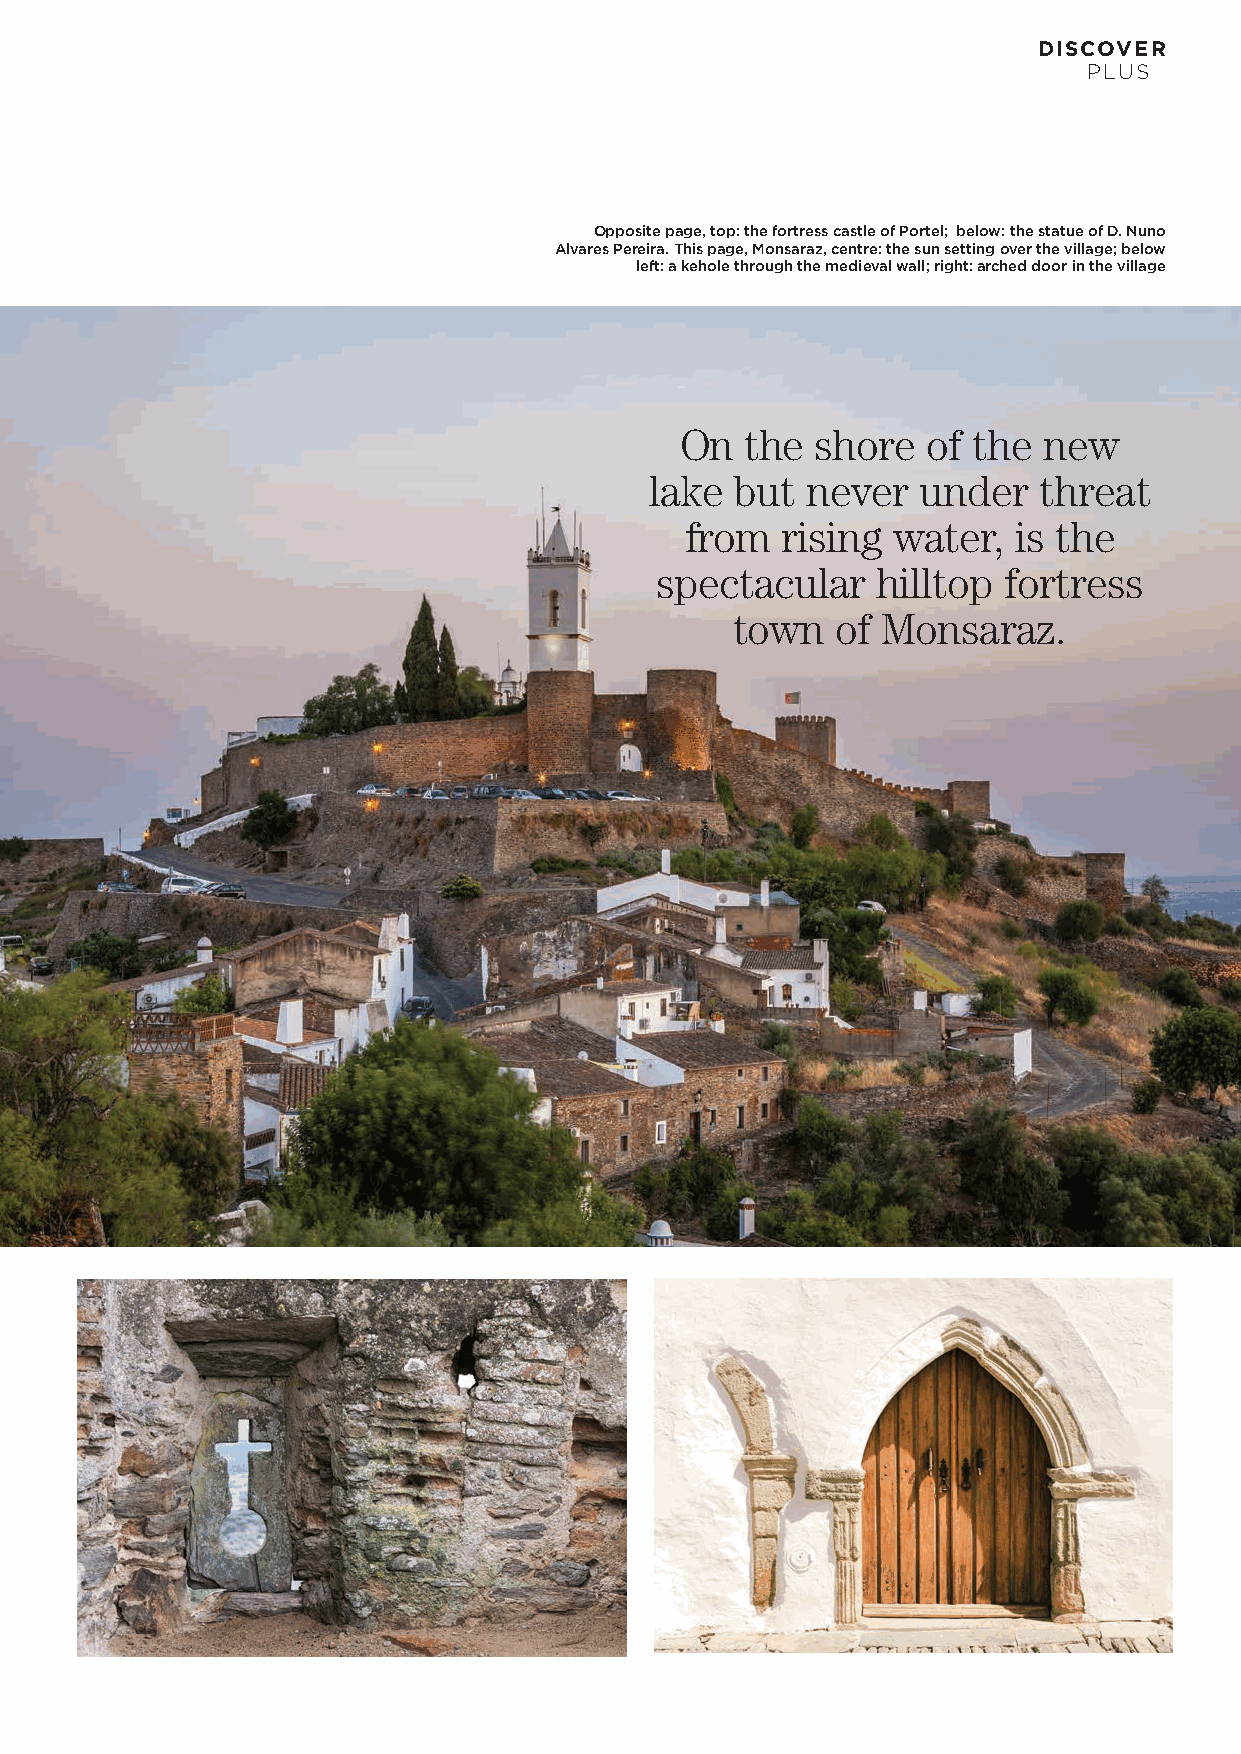
DISCOVER
 PLUS
 Opposite page, top: the fortress castle of Portel; below: the statue of D. Nuno
 Alvares Pereira. This page, Monsaraz, centre: the sun setting over the village; below
 left: a kehole through the medieval wall; right: arched door in the village
 On  the  shore  of the  new
 lake  but never   under   threat
 from   rising water,  is the
 spectacular    hilltop fortress
 town  of Monsaraz.